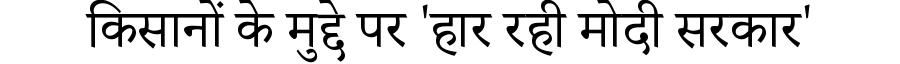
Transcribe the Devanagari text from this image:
किसानों के मुद्दे पर 'हार रही मोदी सरकार'